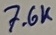
Text: 7.6K